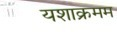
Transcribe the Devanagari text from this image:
यशाक्रमम